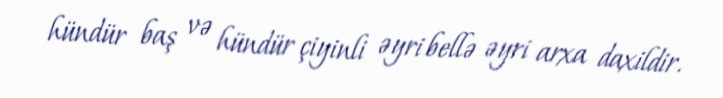
hündür baş və hündür çiyinli əyri bellə əyri arxa daxildir.